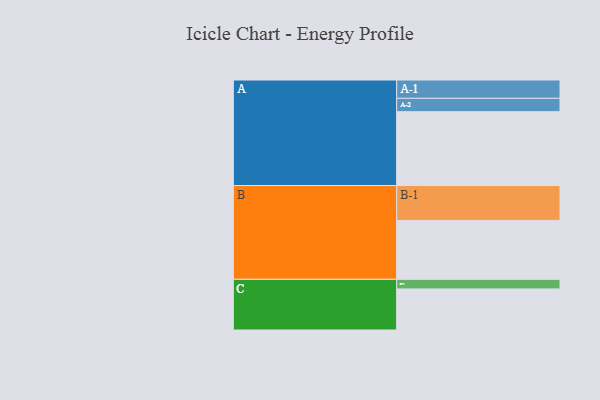
{"axis": {"x": "Segment", "y": "Value"}, "legend": ["", "A", "B", "C"], "data": [{"x": "A", "y": 584, "type": ""}, {"x": "B", "y": 466, "type": ""}, {"x": "C", "y": 325, "type": ""}, {"x": "A-1", "y": 145, "type": "A"}, {"x": "A-2", "y": 106, "type": "A"}, {"x": "B-1", "y": 276, "type": "B"}, {"x": "C-1", "y": 76, "type": "C"}]}